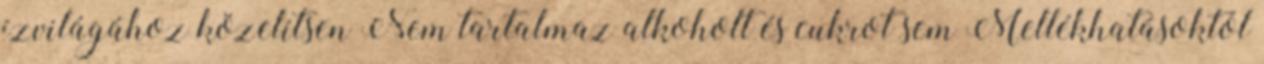
ízvilágához közelítsen Nem tartalmaz alkoholt és cukrot sem Mellékhatásoktól